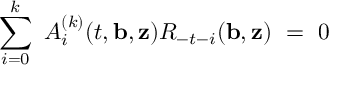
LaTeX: \sum _ { i = 0 } ^ { k } \ A _ { i } ^ { ( k ) } ( t , { \bf b } , { \bf z } ) { \cal R } _ { - t - i } ( { \bf b } , { \bf z } ) \ = \ 0